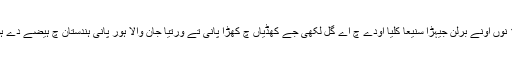
4 مارچ 1884 نوں اونے برلن جیہڑا سنیعا کلیا اودے چ اے گل لکھی جے کھڈیاں چ کھڑا پانی تے ورتیا جان والا ہور پانی ہندستان چ ہیضے دے ہون دا کارن اے۔